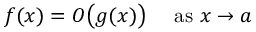
f ( x ) = O { \bigl ( } g ( x ) { \bigr ) } \quad { \mathrm { ~ a s ~ } } x \to a